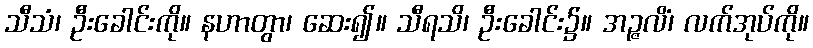
သီသံ၊ ဦးခေါင်းကို။ နဟာတွာ၊ ဆေး၍။ သီရသိ၊ ဦးခေါင်း၌။ အဉ္ဇလိံ၊ လက်အုပ်ကို။